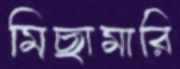
মিছামারি